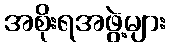
အစိုးရအဖွဲ့များ